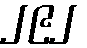
၂၉၂